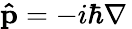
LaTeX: \mathbf{\hat{p}}=-i\hbar\nabla\,